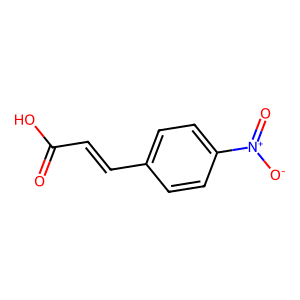
SMILES: O=C(O)C=Cc1ccc([N+](=O)[O-])cc1
Inhibits HIV replication: No